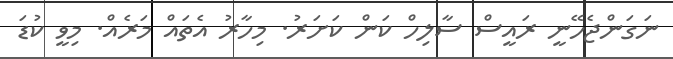
ނަގަންޖެހޭނީ ރައީސް ސާލިހް ކަން ކަށަަރު. މިހާރު އެތައް މަރެއް. މިވީ ކުޑަ